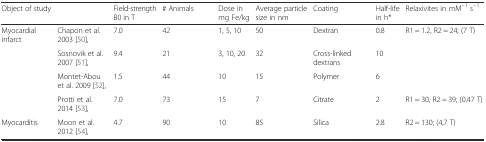
<table><thead><tr><td><b>Object of study</b></td><td></td><td><b>Field-strength B0 in T</b></td><td><b># Animals</b></td><td><b>Dose in mg Fe/kg</b></td><td><b>Average particle size in nm</b></td><td><b>Coating</b></td><td><b>Half-life in h*</b></td><td><b>Relaxivites in mM<sup>−1</sup> s<sup>−1</sup></b></td></tr></thead><tbody><tr><td rowspan="4">Myocardial infarct</td><td>Chapon et al. 2003 [50],</td><td>7.0</td><td>42</td><td>1, 5, 10</td><td>50</td><td>Dextran</td><td>0.8</td><td>R1 = 1.2, R2 = 24; (7 T)</td></tr><tr><td>Sosnovik et al. 2007 [51],</td><td>9.4</td><td>21</td><td>3, 10, 20</td><td>32</td><td>Cross-linked dextrans</td><td>10</td><td></td></tr><tr><td>Montet-Abou et al. 2009 [52],</td><td>1.5</td><td>44</td><td>10</td><td>15</td><td>Polymer</td><td>6</td><td></td></tr><tr><td>Protti et al. 2014 [53],</td><td>7.0</td><td>73</td><td>15</td><td>7</td><td>Citrate</td><td>2</td><td>R1 = 30, R2 = 39; (0,47 T)</td></tr><tr><td>Myocarditis</td><td>Moon et al. 2012 [54],</td><td>4.7</td><td>90</td><td>10</td><td>85</td><td>Silica</td><td>2.8</td><td>R2 = 130; (4,7 T)</td></tr></tbody></table>